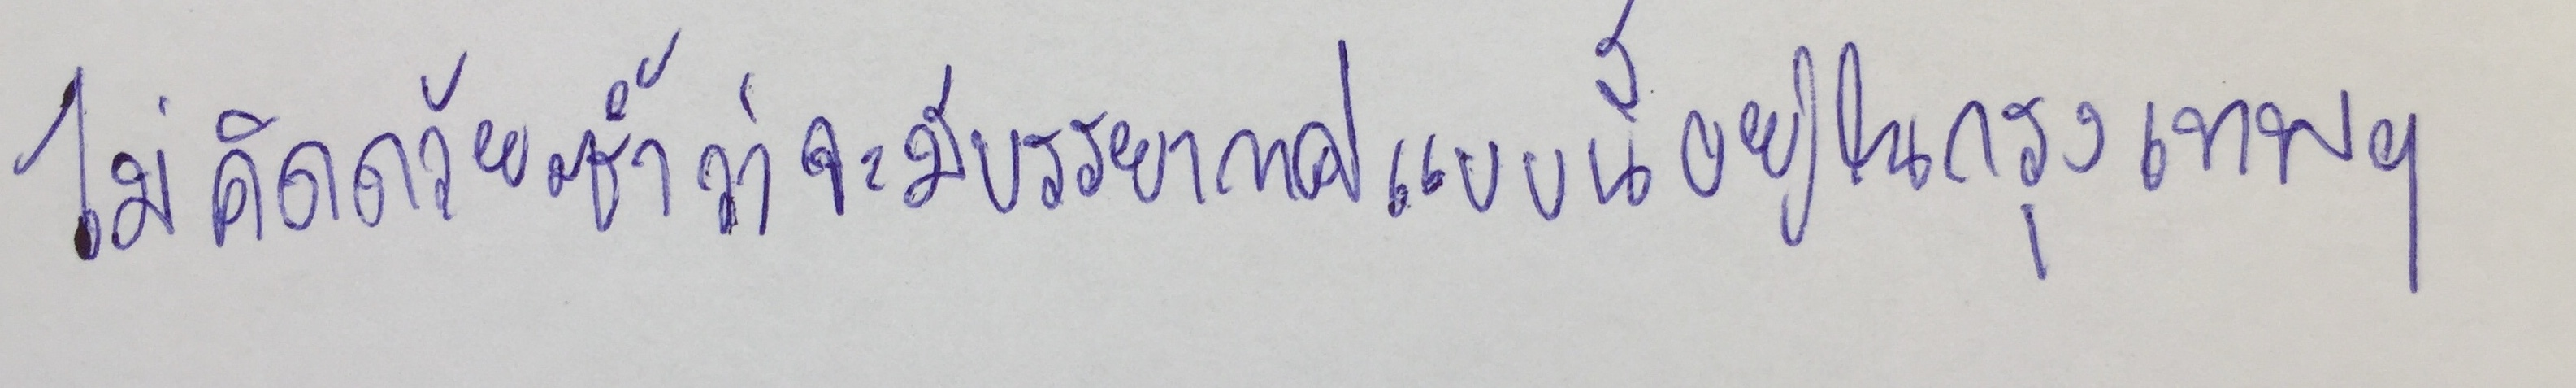
"ไม่คิดด้วยซ้ำว่าจะมีบรรยากาศแบบนี้อยู่ในกรุงเทพฯ"